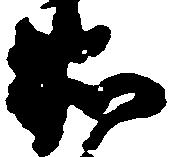
衛